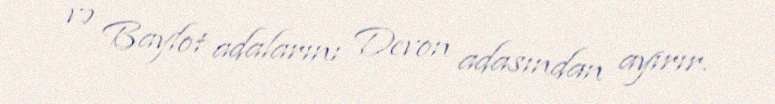
və Baylot adalarını Devon adasından ayırır.